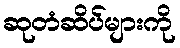
ဆုတံဆိပ်များကို